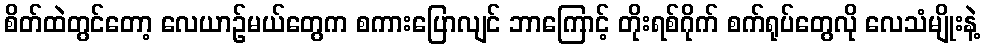
စိတ်ထဲတွင်တော့ လေယာဉ်မယ်တွေက စကားပြောလျင် ဘာကြောင့် တိုးရစ်ဂိုက် စက်ရုပ်တွေလို လေသံမျိုးနဲ့